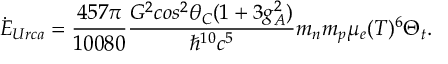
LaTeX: \dot { E } _ { U r c a } = { \frac { 4 5 7 \pi } { 1 0 0 8 0 } } { \frac { G ^ { 2 } c o s ^ { 2 } \theta _ { C } ( 1 + 3 g _ { A } ^ { 2 } ) } { \hbar ^ { 1 0 } c ^ { 5 } } } m _ { n } m _ { p } \mu _ { e } ( T ) ^ { 6 } \Theta _ { t } .